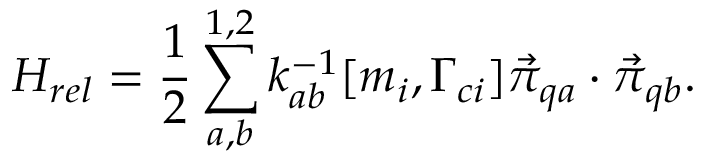
H _ { r e l } = { \frac { 1 } { 2 } } \sum _ { a , b } ^ { 1 , 2 } k _ { a b } ^ { - 1 } [ m _ { i } , \Gamma _ { c i } ] { \vec { \pi } } _ { q a } \cdot { \vec { \pi } } _ { q b } .